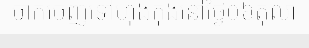
ចាកចេញទៅហុងកុងនៅថ្ងៃ០៦តុលា